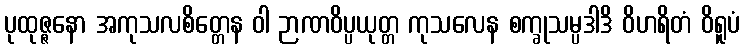
ပုထုဇ္ဇနော အကုသလစိတ္တေန ဝါ ဉာဏဝိပ္ပယုတ္တ ကုသလေန စက္ခုသမ္ပဒါဒိ ဝိဟရိတံ ဝိရူပံ